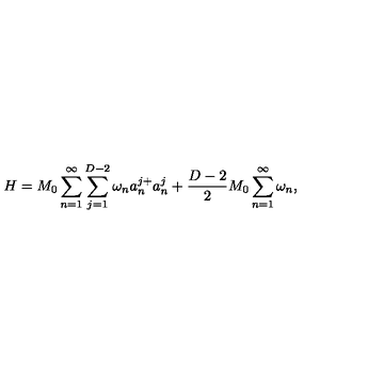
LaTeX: H = M _ { 0 } \sum _ { n = 1 } ^ { \infty } \sum _ { j = 1 } ^ { D - 2 } \omega _ { n } a _ { n } ^ { j + } a _ { n } ^ { j } + \frac { D - 2 } { 2 } M _ { 0 } \sum _ { n = 1 } ^ { \infty } \omega _ { n } { , }